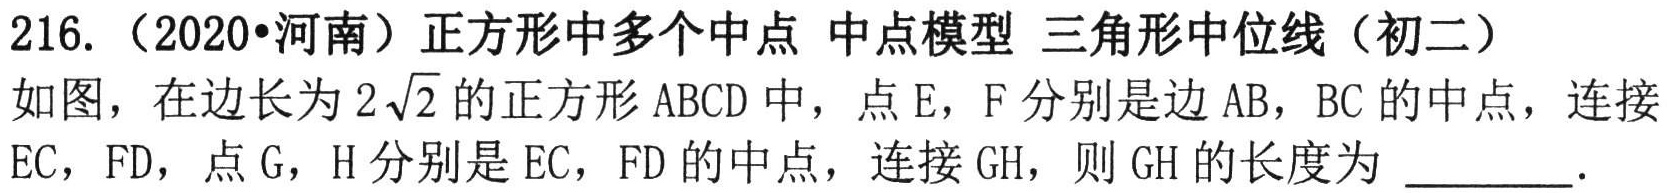
216.（2020•河南）正方形中多个中点 中点模型 三角形中位线（初二）

如图，在边长为\(2\sqrt{2}\)的正方形\(ABCD\)中，点\(E\)，\(F\)分别是边\(AB\)，\(BC\)的中点，连接\(EC\)，\(FD\)，点\(G\)，\(H\)分别是\(EC\)，\(FD\)的中点，连接\(GH\)，则\(GH\)的长度为 \_\_\_\_\_ ．